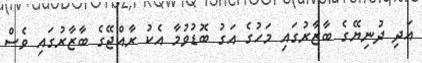
އަދި ދުނިޔޭގެ ބާޒާރުގައި މަހުގެ އަގު ބޮޑުވުމާ އެކު ރާއްޖޭގެ ބާޒާރުގައި ވެސް